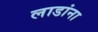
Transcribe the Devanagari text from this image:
लाडांना